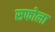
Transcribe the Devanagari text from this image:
सफोला